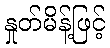
နှုတ်မိန့်ဖြင့်